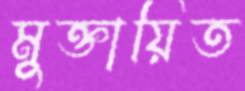
মুক্তায়িত